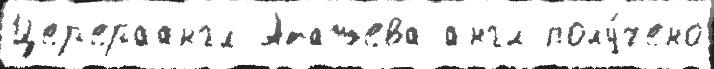
Цер'ераангл Аташева англ полу́чено